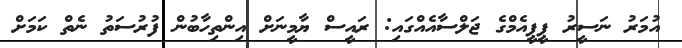
އުމަރު ނަސީރު ޕީޕީއެމްގެ ޖަލްސާއެއްގައި: ރައީސް ޔާމީނަށް އިންތިހާބުން ފުރުސަތު ނެތް ކަމަށް